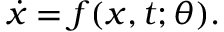
\begin{array} { r } { \dot { x } = f ( x , t ; \theta ) . } \end{array}